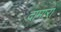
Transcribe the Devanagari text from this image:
दामारा